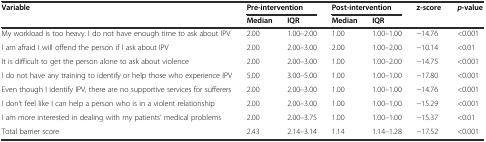
| <ROWSPAN=2> Variable | <COLSPAN=2> Pre-intervention | <COLSPAN=2> Post-intervention | <ROWSPAN=2> z-score | <ROWSPAN=2> p-value |
 | Median | IQR | Median | IQR |
 | --- | --- | --- | --- | --- | --- | --- |
 | My workload is too heavy. I do not have enough time to ask about IPV | 2.00 | 1.00–2.00 | 1.00 | 1.00–1.00 | −14.76 | <0.001 |
 | I am afraid I will offend the person if I ask about IPV | 2.00 | 2.00–3.00 | 2.00 | 1.00–2.00 | −10.14 | <0.01 |
 | It is difficult to get the person alone to ask about violence | 2.00 | 2.00–3.00 | 1.00 | 1.00–2.00 | −14.75 | <0.001 |
 | I do not have any training to identify or help those who experience IPV | 5.00 | 3.00–5.00 | 1.00 | 1.00–1.00 | −17.80 | <0.001 |
 | Even though I identify IPV, there are no supportive services for sufferers | 2.00 | 2.00–3.00 | 1.00 | 1.00–1.00 | −14.76 | <0.001 |
 | I don’t feel like I can help a person who is in a violent relationship | 2.00 | 2.00–3.00 | 1.00 | 1.00–1.00 | −15.29 | <0.001 |
 | I am more interested in dealing with my patients’ medical problems | 2.00 | 2.00–3.75 | 1.00 | 1.00–1.00 | −15.37 | <0.01 |
 | Total barrier score | 2.43 | 2.14–3.14 | 1.14 | 1.14–1.28 | −17.52 | <0.001 |